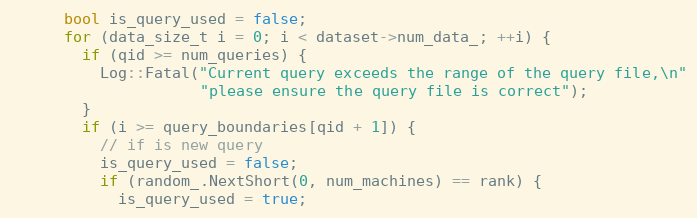
Language: C++
      bool is_query_used = false;
      for (data_size_t i = 0; i < dataset->num_data_; ++i) {
        if (qid >= num_queries) {
          Log::Fatal("Current query exceeds the range of the query file,\n"
                     "please ensure the query file is correct");
        }
        if (i >= query_boundaries[qid + 1]) {
          // if is new query
          is_query_used = false;
          if (random_.NextShort(0, num_machines) == rank) {
            is_query_used = true;